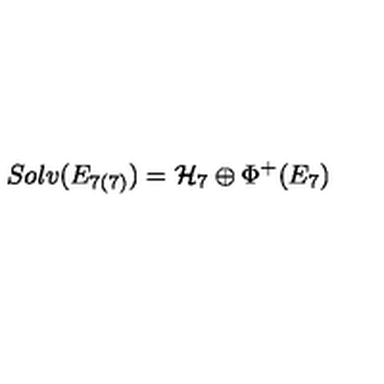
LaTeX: S o l v ( E _ { 7 ( 7 ) } ) = { \cal H } _ { 7 } \oplus \Phi ^ { + } ( E _ { 7 } )